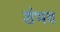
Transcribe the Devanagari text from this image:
शंभव